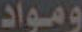
ومواد